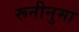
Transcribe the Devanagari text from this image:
रूनीनुमा